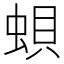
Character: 蛽